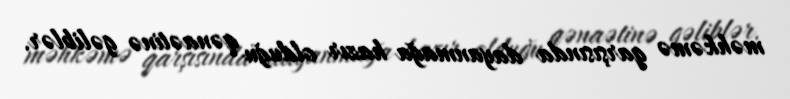
məhkəmə qarşısında dayanmağa hazır olduğu qənaətinə gəliblər.